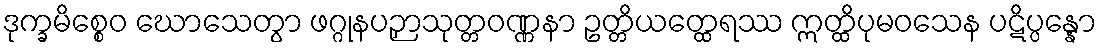
ဒုက္ခမိစ္စေဝ ဃောသေတွာ ဖဂ္ဂုနပဉှာသုတ္တဝဏ္ဏနာ ဥတ္တိယတ္ထေရဿ ဣတ္ထိပုမဝသေန ပဋိပ္ပန္နော